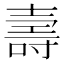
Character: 壽